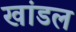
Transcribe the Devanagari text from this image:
खांडल